Lock hospitals Punjab
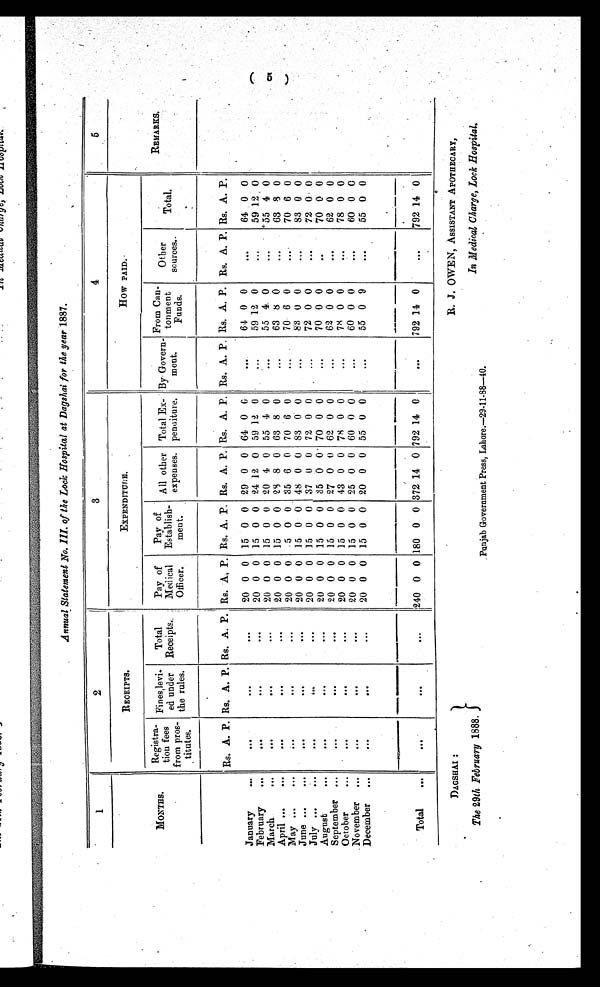
Annual Statement No. III. of the Lock Hospital at Dagshai for the year 1887.
1
2
3
4
5
RECEIPTS.
EXPENDITURE.
How PAID.
REMARKS.
MONTHS.
R e g i s t r a -
t i o n f e e s
from pros-
titutes.
Fines, levi
-
ed under
the rules.
Total
Receipts.
Pay of
Medical
Officer.
Pay of
Establish-
ment.
All other
expenses.
Total Ex-
penditure.
By Govern-
ment.
From Can-
tonment
Funds.
Other
sources.
Total.
Rs. A. P. Rs. A. P. Rs. A. P. Rs. A. P. Rs. A. P. Rs. A. P. Rs. A. P. Rs. A. P. Rs. A. P. Rs. A. P. Rs. A. P.
January
. . .
...
...
. . .
20 0 0 15 0 0 29 0 0 64 0 6
...
6 4 0 0
. .
6 4 0 0
February
...
. . .
...
. . .
20 0 0 15 0 0 24 12 0 59 12 0 ...
59 12 0
. . .
59 12 0
March
. . .
...
...
. . .
20 0 0 15 0 0 20
4 0 55 4 0
. . .
55 4 0
...
55 4 0
April...
...
...
. . .
20 0 0 15 0 0 28 8 0 63 8 0
. . .
63 8 0
. . . . . .
63 8 0
May ...
...
. . .
...
. . .
20 0 0
5 0 0. 35 6 0 70 6 0
...
70 6 0
. . .
70 6 0
June ...
...
. . .
...
. . .
20 0 0 15 0 0 48 0 0 83 0 0
. . .
83 0 0
. . .
83 0 0
July ...
. . .
. . .
...
. . .
20 0 0 15 0 0 37 0 0 72 0 0
...
72 0 0
. . .
72 0 0
August
. . .
. . .
....
. . . .
20 0 0 15 0 0 35 0 0 70 0 0
. . .
70 0
. .
70 0 0
September ...
...
...
. . .
20 0 0
15 0 0 27 0 0 62 0 0
. . .
62 0 0
. . .
62 0 0
October
...
. . .
...
. . .
20 0 0 15 0 0 43 0 0 78 0 0
. . .
78 0 0
. . .
78 0 0
November
...
. . .
...
. . .
20 0 0 15 0 0 25 0 0 60 0 0
. . .
60 0 0
. . .
60 0 0
December
...
. . .
...
. . .
20 0 0 13 0 0 20 0 0 55 0 0
. . .
55 0 9
. . .
55 0 0
Total
...
. . .
...
. . .
240 0 0 180 0 0 372 14 0 792 14 0
. . .
792 14 0
...
792 14 0
(5)
DAGSHAI :
The 29th February 1888.
Punjab Government Press, Lahore.—29-11-88—40.
R. J. OWEN, ASSISTANT APOTHECARY,
In Medical Charge, Lock Hospital .